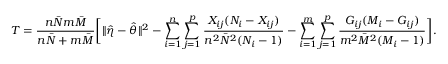
T = \frac { n \bar { N } m \bar { M } } { n \bar { N } + m \bar { M } } \biggl [ \| \hat { \eta } - \hat { \theta } \| ^ { 2 } - \sum _ { i = 1 } ^ { n } \sum _ { j = 1 } ^ { p } \frac { X _ { i j } ( N _ { i } - X _ { i j } ) } { n ^ { 2 } \bar { N } ^ { 2 } ( N _ { i } - 1 ) } - \sum _ { i = 1 } ^ { m } \sum _ { j = 1 } ^ { p } \frac { G _ { i j } ( M _ { i } - G _ { i j } ) } { m ^ { 2 } \bar { M } ^ { 2 } ( M _ { i } - 1 ) } \biggr ] .